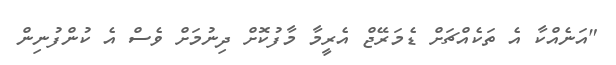
"އަނެއްކާ އެ ތަކެއްޗަށް ޑެމަރޭޖް އެރީމާ މާފުކޮށް ދިނުމަށް ވެސް އެ ކުންފުނިން